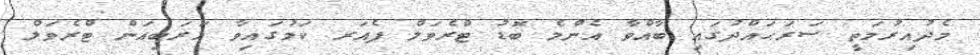
މެދުއިރުމަތީ ސަރަޙައްދުގައި ބާއްވާ އެންމެ ބޮޑު ޓްރެވަލް ފެއަރ ކަމުގައިވާ އަރަބިއަން ޓްރެވަލް